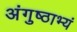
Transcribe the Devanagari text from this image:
अंगुष्ठाभ्यं